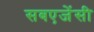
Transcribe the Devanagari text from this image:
सबएजेंसी